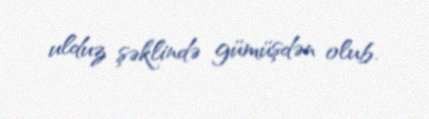
ulduz şəklində gümüşdən olub.